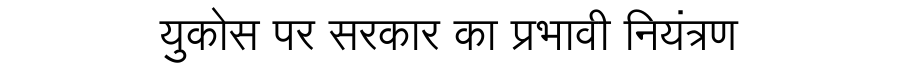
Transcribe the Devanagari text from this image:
युकोस पर सरकार का प्रभावी नियंत्रण